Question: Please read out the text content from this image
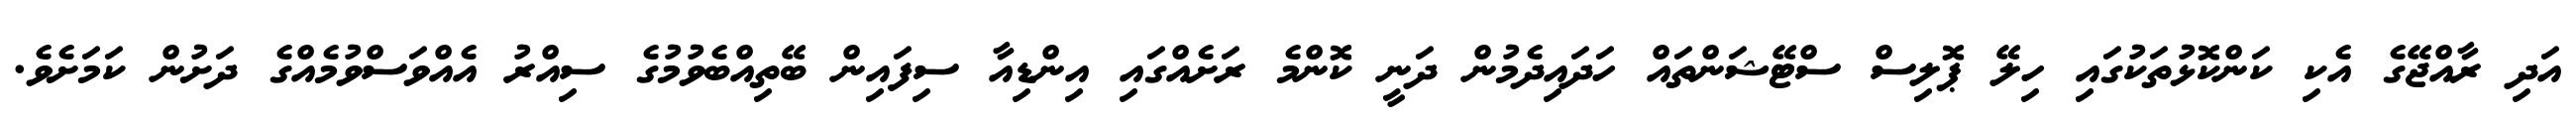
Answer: އަދި ރާއްޖޭގެ އެކި ކަންކޮޅުތަކުގައި ހިލޭ ޕޮލިސް ސްޓޭޝަންތައް ހަދައިދެމުން ދަނީ ކޮންމެ ރަށެއްގައި އިންޑިއާ ސިފައިން ބޭތިއްބެވުމުގެ ސިއްރު އެއްވަސްވުމެއްގެ ދަށުން ކަމަށެވެ.